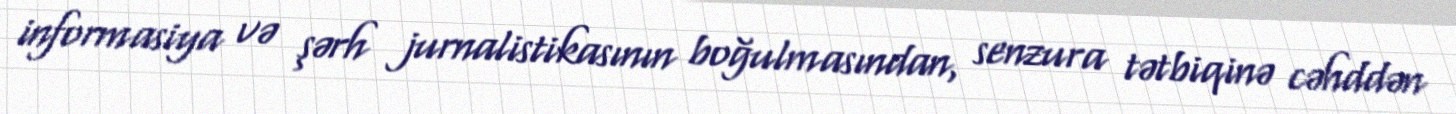
informasiya və şərh jurnalistikasının boğulmasından, senzura tətbiqinə cəhddən